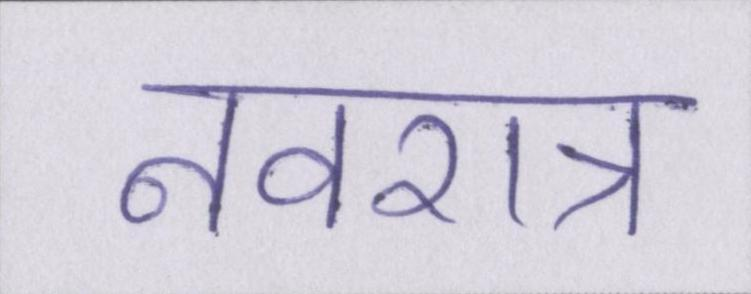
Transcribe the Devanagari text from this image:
नवरात्र